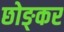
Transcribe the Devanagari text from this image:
छोङ्कर